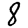
Digit: 8